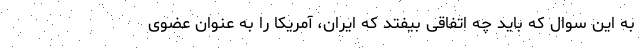
به این سوال که باید چه اتفاقی بیفتد که ایران، آمریکا را به عنوان عضوی